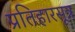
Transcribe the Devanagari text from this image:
प्रतिहारसूत्र